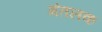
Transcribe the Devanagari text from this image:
मंतलक